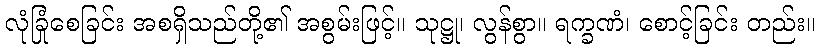
လုံခြုံစေခြင်း အစရှိသည်တို့၏ အစွမ်းဖြင့်။ သုဋ္ဌု၊ လွန်စွာ။ ရက္ခဏံ၊ စောင့်ခြင်း တည်း။